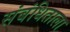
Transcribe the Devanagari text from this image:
संबंधिताला